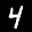
Label: 4